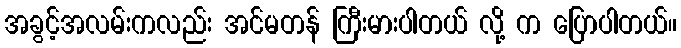
အခွင့်အလမ်းကလည်း အင်မတန် ကြီးမားပါတယ် လို့ က ပြောပါတယ်။